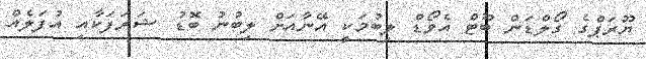
ޔޫރަޕްގެ ގޯލްޑަން ބޫޓް އެވޯޑް ލިބުމަކީ އޭނާއަށް ލިބުނު ބޮޑު ޝަރަފަކާއި އުފަލެއް